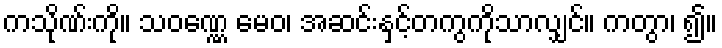
ကသိုဏ်းကို။ သဝဏ္ဏေ မေဝ၊ အဆင်းနှင့်တကွကိုသာလျှင်။ ကတွာ၊ ၍။